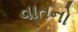
વાતનો